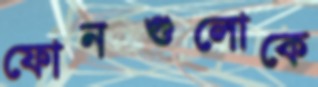
ফোনগুলোকে